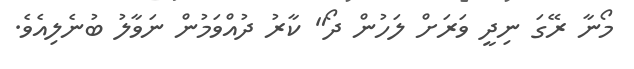
މޯނާ ރޭގަ ނިދީ ވަރަށް ލަހުން ދޯ" ކާރު ދުއްވަމުން ނަވާލު ބުނެލިއެވެ.